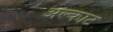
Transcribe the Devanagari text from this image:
अल्काट